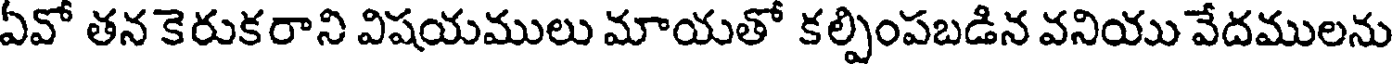
ఏవో తన కెరుకరాని విషయములు మాయతో కల్పింపబడిన వనియు వేదములను